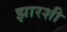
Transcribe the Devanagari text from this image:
झारशी